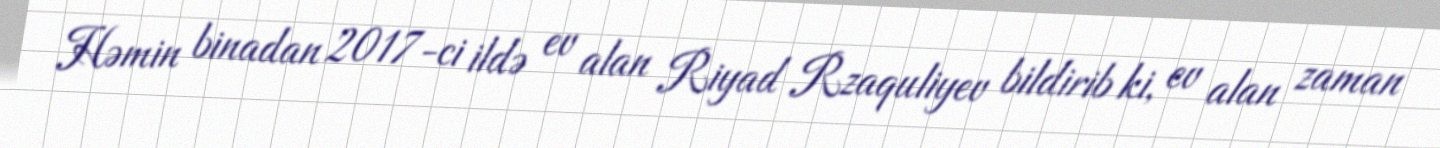
Həmin binadan 2017-ci ildə ev alan Riyad Rzaquliyev bildirib ki, ev alan zaman